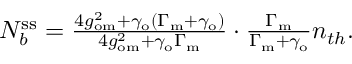
\begin{array} { r } { N _ { b } ^ { \mathrm { s s } } = \frac { 4 g _ { \mathrm { o m } } ^ { 2 } + \gamma _ { \mathrm { o } } ( \Gamma _ { \mathrm { m } } + \gamma _ { \mathrm { o } } ) } { 4 g _ { \mathrm { o m } } ^ { 2 } + \gamma _ { \mathrm { o } } \Gamma _ { \mathrm { m } } } \cdot \frac { \Gamma _ { \mathrm { m } } } { \Gamma _ { \mathrm { m } } + \gamma _ { \mathrm { o } } } n _ { t h } . } \end{array}